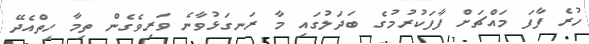
ހުރެ ފާފަ މައްޗަށް ފާފަކުރުމުގެ ބަދަލުގައި މާ ރަނގަޅުވާނެ ވަރިވެގެން ތިމާ ހިތްއެދޭ